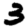
Digit: 3